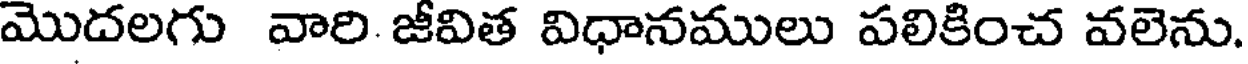
మొదలగు వారి జీవిత విధానములు పలికించ వలెను